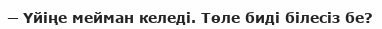
─ Үйіңе мейман келеді. Төле биді білесіз бе?